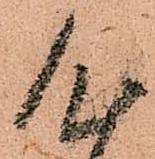
心